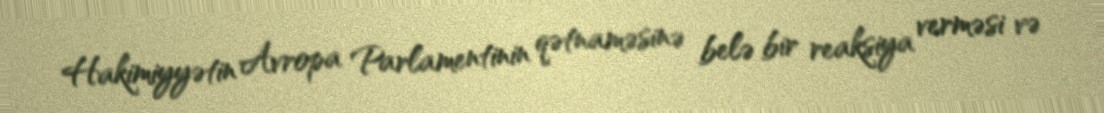
Hakimiyyətin Avropa Parlamentinin qətnaməsinə belə bir reaksiya verməsi və